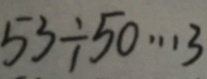
5 3 \div 5 0 \cdots 3